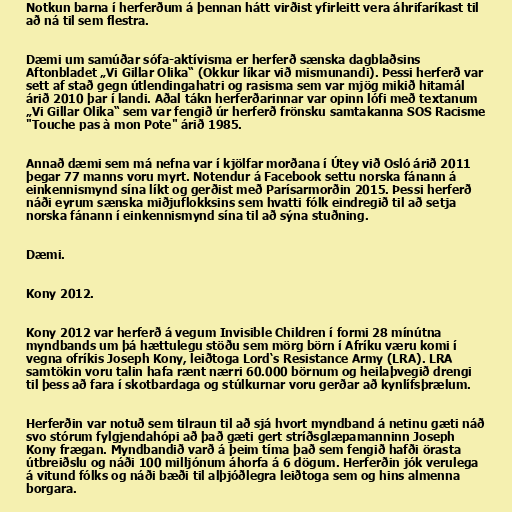
Notkun barna í herferðum á þennan hátt virðist yfirleitt vera áhrifaríkast til
að ná til sem flestra.

Dæmi um samúðar sófa-aktívisma er herferð sænska dagblaðsins
Aftonbladet „Vi Gillar Olika“ (Okkur líkar við mismunandi). Þessi herferð var
sett af stað gegn útlendingahatri og rasisma sem var mjög mikið hitamál
árið 2010 þar í landi. Aðal tákn herferðarinnar var opinn lófi með textanum
„Vi Gillar Olika“ sem var fengið úr herferð frönsku samtakanna SOS Racisme
"Touche pas à mon Pote" árið 1985.

Annað dæmi sem má nefna var í kjölfar morðana í Útey við Osló árið 2011
þegar 77 manns voru myrt. Notendur á Facebook settu norska fánann á
einkennismynd sína líkt og gerðist með Parísarmorðin 2015. Þessi herferð
náði eyrum sænska miðjuflokksins sem hvatti fólk eindregið til að setja
norska fánann í einkennismynd sína til að sýna stuðning.

Dæmi.

Kony 2012.

Kony 2012 var herferð á vegum Invisible Children í formi 28 mínútna
myndbands um þá hættulegu stöðu sem mörg börn í Afríku væru komi í
vegna ofríkis Joseph Kony, leiðtoga Lord‘s Resistance Army (LRA). LRA
samtökin voru talin hafa rænt nærri 60.000 börnum og heilaþvegið drengi
til þess að fara í skotbardaga og stúlkurnar voru gerðar að kynlífsþrælum.

Herferðin var notuð sem tilraun til að sjá hvort myndband á netinu gæti náð
svo stórum fylgjendahópi að það gæti gert stríðsglæpamanninn Joseph
Kony frægan. Myndbandið varð á þeim tíma það sem fengið hafði örasta
útbreiðslu og náði 100 milljónum áhorfa á 6 dögum. Herferðin jók verulega
á vitund fólks og náði bæði til alþjóðlegra leiðtoga sem og hins almenna
borgara.